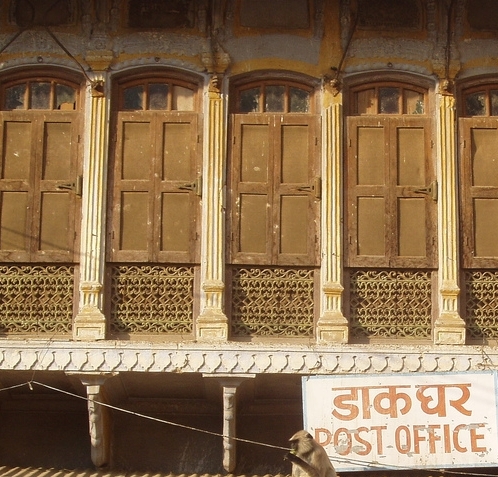
Language: hindi
Transcription: डाक घर